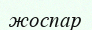
жоспар